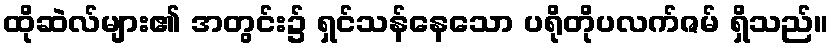
ထိုဆဲလ်များ၏ အတွင်း၌ ရှင်သန်နေသော ပရိုတိုပလက်ဇမ် ရှိသည်။